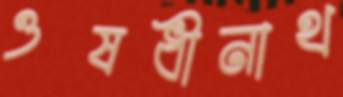
ওষধীনাথ